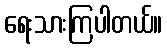
ရေးသားကြပါတယ်။